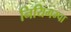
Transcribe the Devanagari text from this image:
नियिगम्‍पा